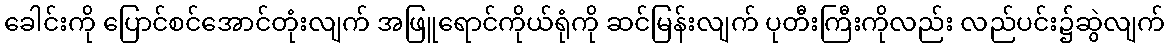
ခေါင်းကို ပြောင်စင်အောင်တုံးလျက် အဖြူရောင်ကိုယ်ရုံကို ဆင်မြန်းလျက် ပုတီးကြီးကိုလည်း လည်ပင်း၌ဆွဲလျက်